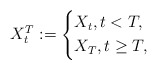
\begin{align*}X^T_t:=\left\lbrace\begin{aligned}& X_t,t<T, \\ & X_T, t\geq T, \end{aligned}\right. \end{align*}